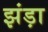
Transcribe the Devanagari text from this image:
झंड़ा